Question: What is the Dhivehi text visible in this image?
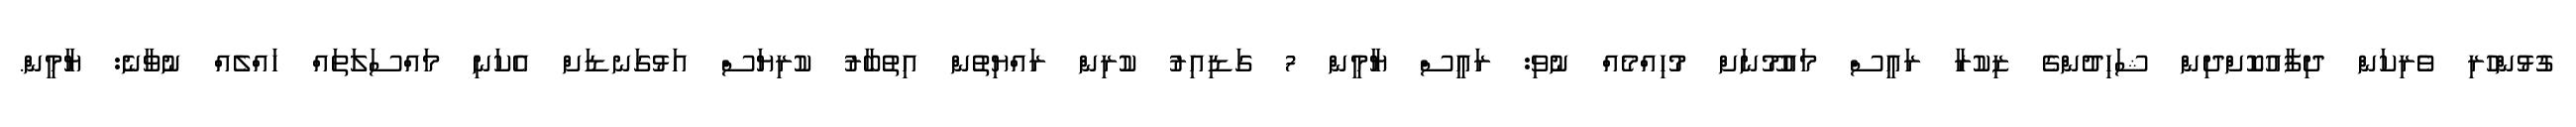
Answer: ގުޅުންހުރި ވެރިކަން ދިފާއުކޮށްދިން ޝަހިދުންގެ ޒިކުރާ ރައީސް މައުމޫނަށް މުހިއްމެއް ނުވި: ރައީސް ޔާމީން 7 ގަޑިއިރު ކުރިން ރައްޔިތުން އިތުބާރު ކުރިޔަސް އަޅުގަނޑަށް އެކަނި މައްސަލަތައް ހައްލެއް ނުވާނެ: ޔާމީން.